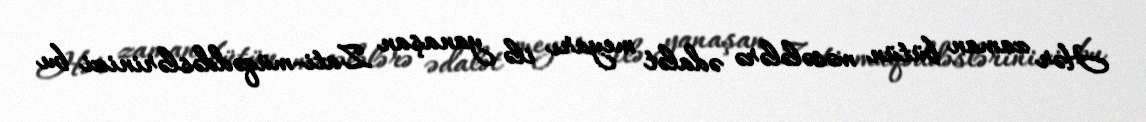
Hər zaman bütün məsələlərə ədalət meyarı ilə yanaşan Zati-müqəddəslərinizi bu